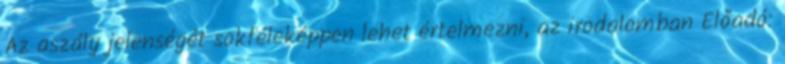
Az aszály jelenségét sokféleképpen lehet értelmezni, az irodalomban Előadó: